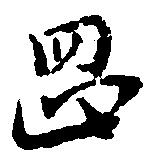
岡